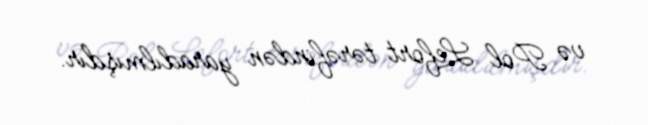
və Pol Lefort tərəfindən yaradılmışdır.